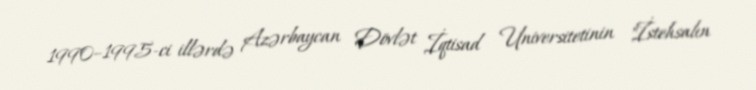
1990–1995-ci illərdə Azərbaycan Dövlət İqtisad Universitetinin "İstehsalın